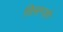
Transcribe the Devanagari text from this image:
विसन्ज़ो